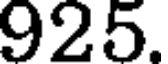
925.